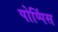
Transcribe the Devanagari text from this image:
पोप्पिंस